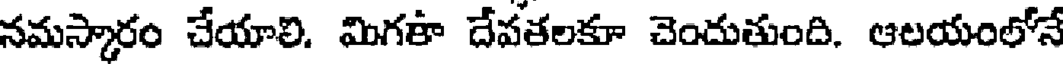
నమస్కారం చేయాలి. మిగతా దేవతలకూ చెందుతుంది. ఆలయంలోనే